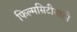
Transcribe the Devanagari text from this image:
फिल्मसिटीसाठी